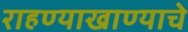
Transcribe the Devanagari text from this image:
राहण्याखाण्याचे